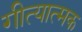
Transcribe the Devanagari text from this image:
गीत्यात्मक